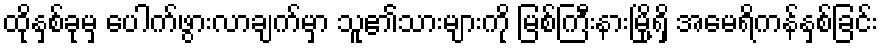
ထိုနှစ်ခုမှ ပေါက်ဖွားလာချက်မှာ သူ၏သားများကို မြစ်ကြီးနားမြို့ရှိ အမေရိကန်နှစ်ခြင်း